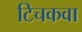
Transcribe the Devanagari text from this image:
टिचकवा